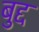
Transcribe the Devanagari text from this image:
बुद्द